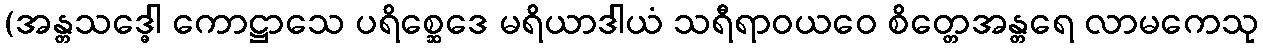
(အန္တသဒ္ဓေါ ကောဋ္ဌာသေ ပရိစ္ဆေဒေ မရိယာဒါယံ သရီရာဝယဝေ စိတ္တေအန္တရေ လာမကေသု